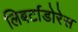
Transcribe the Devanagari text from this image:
लिबर्टाडोरेस